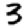
Digit: 3